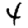
Digit: 4